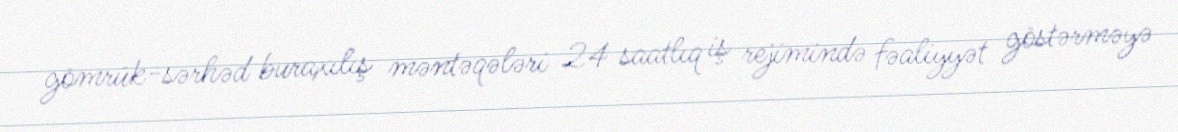
gömrük-sərhəd buraxılış məntəqələri 24 saatlıq iş rejimində fəaliyyət göstərməyə